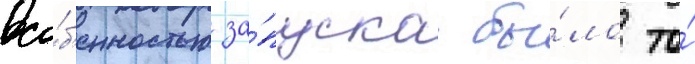
Осо́б'енностью за́пуска бы́ло то́